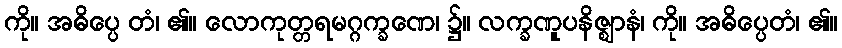
ကို။ အဓိပ္ပေ တံ၊ ၏။ လောကုတ္တရမဂ္ဂက္ခဏေ၊ ၌။ လက္ခဏူပနိဇ္ဈာနံ၊ ကို။ အဓိပ္ပေတံ၊ ၏။